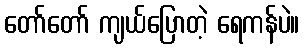
တော်တော် ကျယ်ပြောတဲ့ ရေကန်ပဲ။